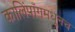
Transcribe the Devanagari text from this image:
कालिंपाँगमधूनच